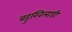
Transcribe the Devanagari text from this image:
बहुखिलाडी